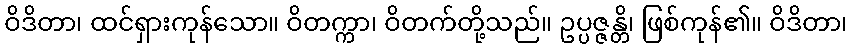
ဝိဒိတာ၊ ထင်ရှားကုန်သော။ ဝိတက္ကာ၊ ဝိတက်တို့သည်။ ဥပ္ပဇ္ဇန္တိ၊ ဖြစ်ကုန်၏။ ဝိဒိတာ၊